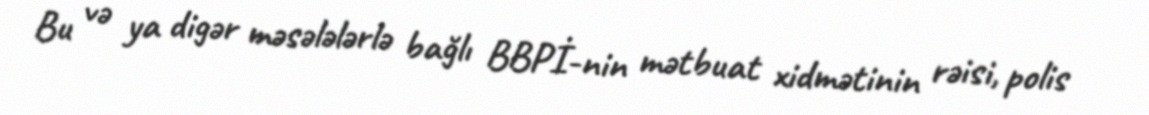
Bu və ya digər məsələlərlə bağlı BBPİ-nin mətbuat xidmətinin rəisi, polis